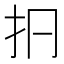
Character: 㧇